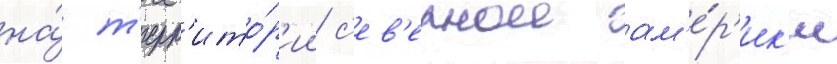
на́ т'ерр'ито́р'ии с'ев'ернои ам'е́р'ик'и